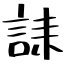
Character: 誄